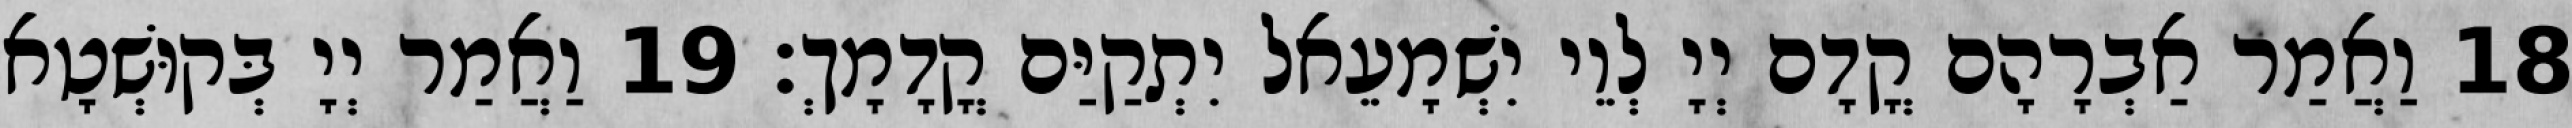
18 וַאֲמַר אַבְרָהָם קֳדָם יְיָ לְוֵי יִשְׁמָעֵאל יִתְקַיַּם קֳדָמָךְ׃ 19 וַאֲמַר יְיָ בְּקוּשְׁטָא